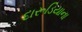
દારૂડિયાના